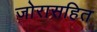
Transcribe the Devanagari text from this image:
जोरासहित